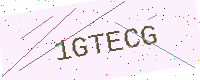
Text: 1GTECG